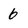
Character: 6